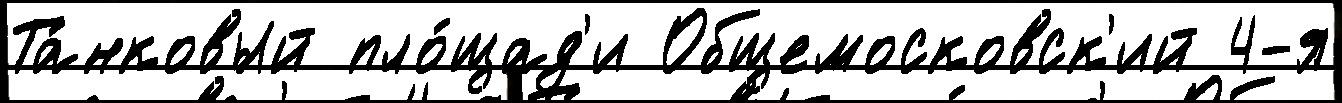
Та́нковый пло́щад'и Общемосковск'ий 4-я